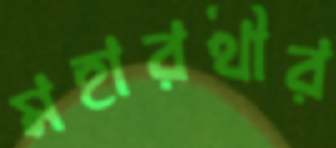
মহারথীর